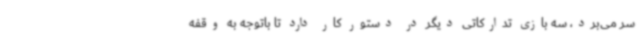
سر می‌برد، سه بازی تدارکاتی دیگر در دستور کار دارد تا باتوجه به وقفه